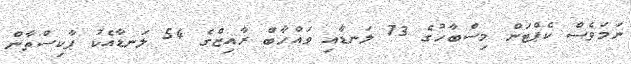
ނަމަވެސް ކެޕްޓަން މިސްބާހުގެ 73 ލަނޑާއި ވައްހާބް ރާއިޒްގެ 54 ލަނޑާއެކު ޕާކިސްތާން